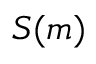
S ( m )